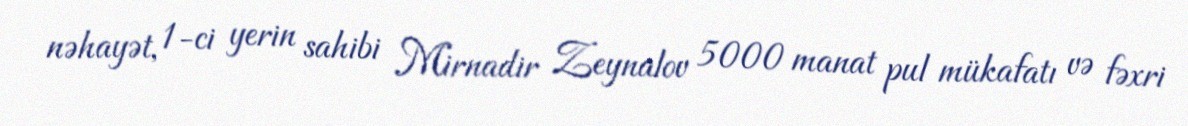
nəhayət, 1-ci yerin sahibi Mirnadir Zeynalov 5000 manat pul mükafatı və fəxri